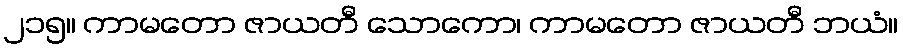
၂၁၅။ ကာမတော ဇာယတီ သောကော၊ ကာမတော ဇာယတီ ဘယံ။